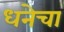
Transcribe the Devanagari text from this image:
धनेचा